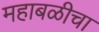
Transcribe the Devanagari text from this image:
महाबळीचा